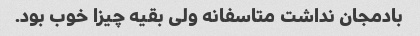
بادمجان نداشت متاسفانه ولی بقیه چیزا خوب بود.